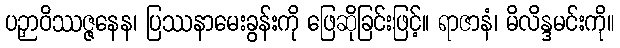
ပဉှာဝိဿဇ္ဇနေန၊ ပြဿနာမေးခွန်းကို ဖြေဆိုခြင်းဖြင့်။ ရာဇာနံ၊ မိလိန္ဒမင်းကို။